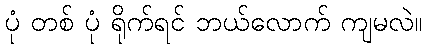
ပုံ တစ် ပုံ ရိုက်ရင် ဘယ်လောက် ကျမလဲ။